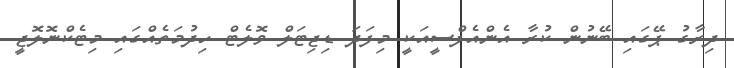
ދިރާގު ޕޭގައި ބޭނުން ކުރާ އެންއެފްސީއަކީ މިފަދަ ޑިޖިޓަލް ވޮލެޓް ހިދުމަތެއްގައި މިޓެކްނޮލޮޖީ